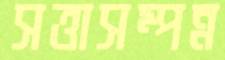
সত্তাসম্পন্ন